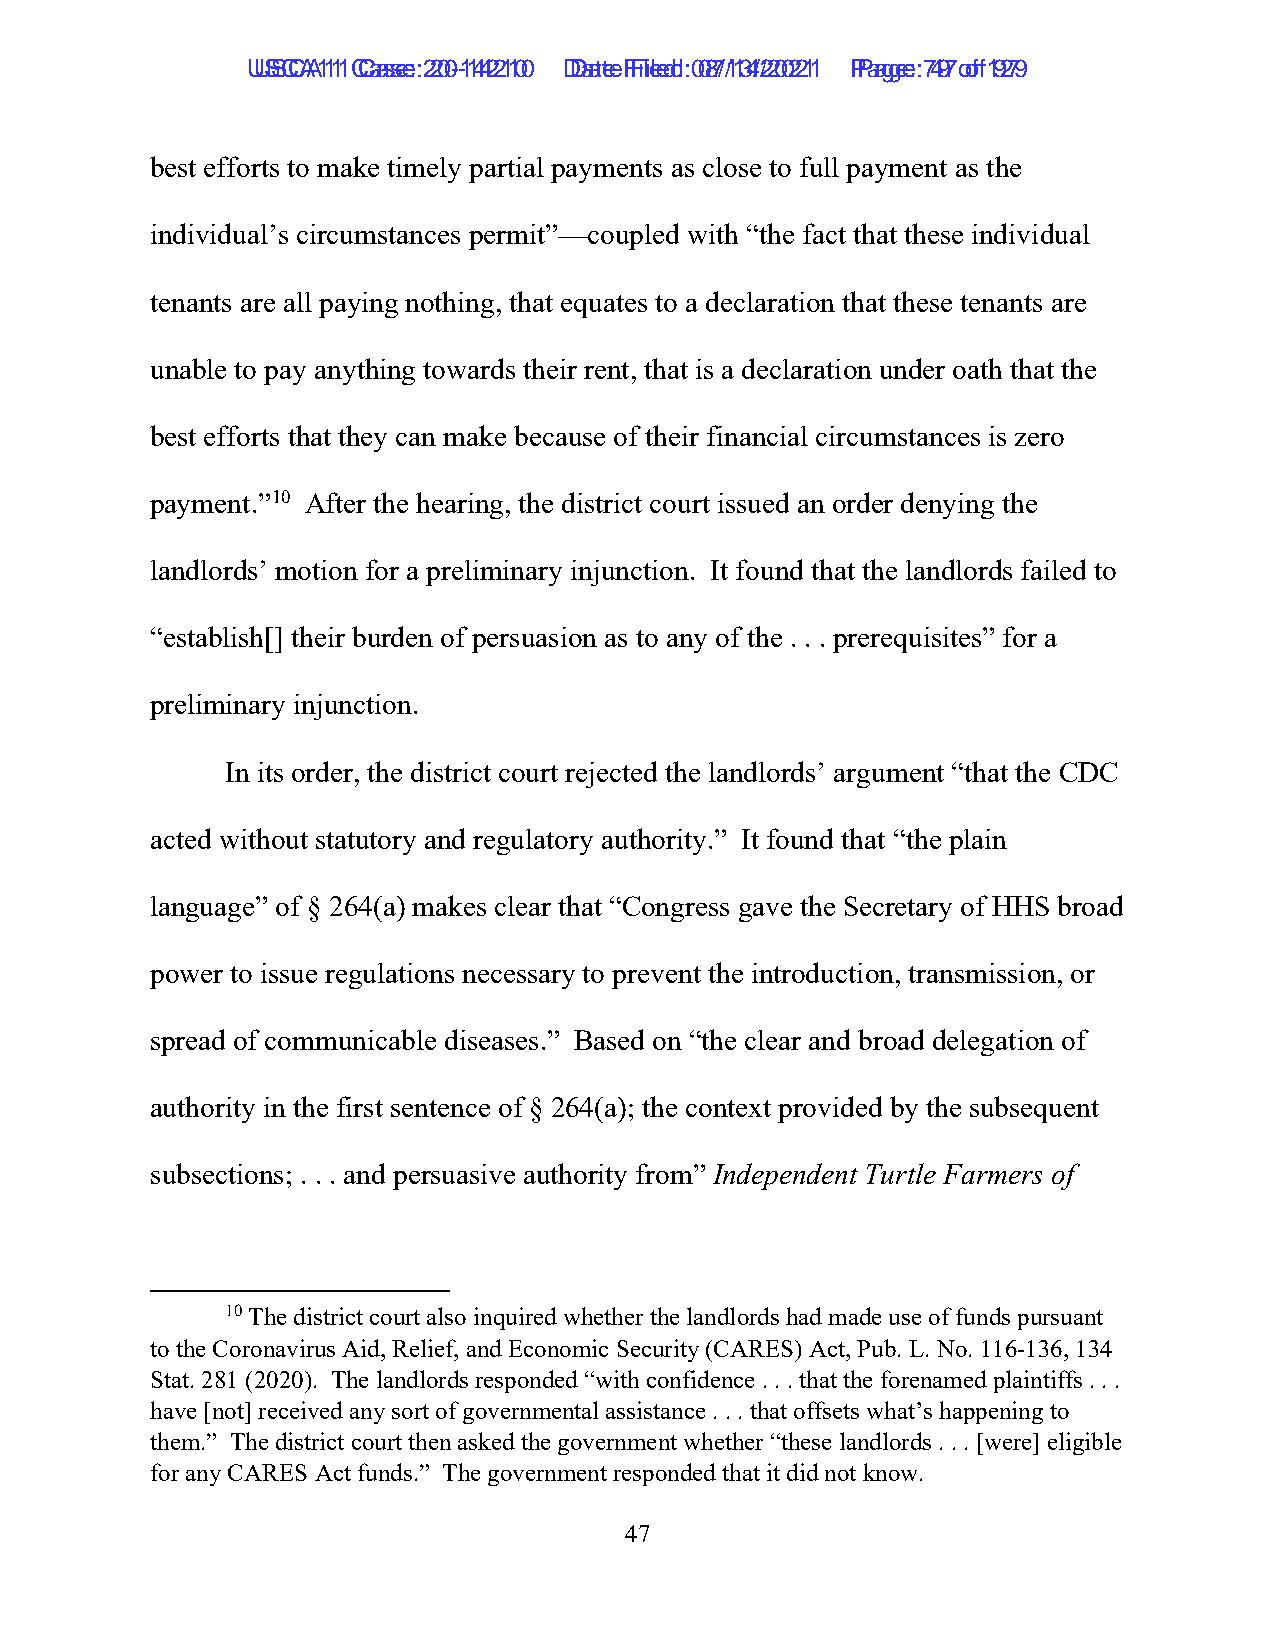
UUSSCCAA1111 C Caassee: :2 200--1144221100 D Daatete F Filieledd: :0 087/1/134/2/2002211 P Paaggee: :7 497 o of f1 9279
 best efforts to make timely partial payments as close to full payment as the
 individual’s circumstances permit”—coupled with “the fact that these individual
 tenants are all paying nothing, that equates to a declaration that these tenants are
 unable to pay anything towards their rent, that is a declaration under oath that the
 best efforts that they can make because of their financial circumstances is zero
 payment.”10 After the hearing, the district court issued an order denying the
 landlords’ motion for a preliminary injunction. It found that the landlords failed to
 “establish[] their burden of persuasion as to any of the . . . prerequisites” for a
 preliminary injunction.
 In its order, the district court rejected the landlords’ argument “that the CDC
 acted without statutory and regulatory authority.” It found that “the plain
 language” of § 264(a) makes clear that “Congress gave the Secretary of HHS broad
 power to issue regulations necessary to prevent the introduction, transmission, or
 spread of communicable diseases.” Based on “the clear and broad delegation of
 authority in the first sentence of § 264(a); the context provided by the subsequent
 subsections; . . . and persuasive authority from” Independent Turtle Farmers of
 10 The district court also inquired whether the landlords had made use of funds pursuant
 to the Coronavirus Aid, Relief, and Economic Security (CARES) Act, Pub. L. No. 116-136, 134
 Stat. 281 (2020). The landlords responded “with confidence . . . that the forenamed plaintiffs . . .
 have [not] received any sort of governmental assistance . . . that offsets what’s happening to
 them.” The district court then asked the government whether “these landlords . . . [were] eligible
 for any CARES Act funds.” The government responded that it did not know.
 47